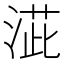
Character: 𣸆